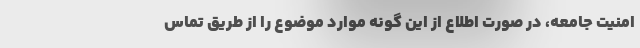
امنیت جامعه، در صورت اطلاع از این گونه موارد موضوع را از طریق تماس